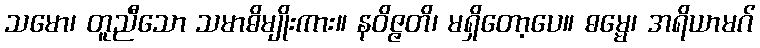
သမော၊ တူညီသော သမာဓိမျိုးကား။ နဝိဇ္ဇတိ၊ မရှိတော့ပေ။ ဓမ္မေ၊ အရိယာမဂ်